Vaccine operations Central Provinces 1886-1899 - 1886-1899
Year: 1886
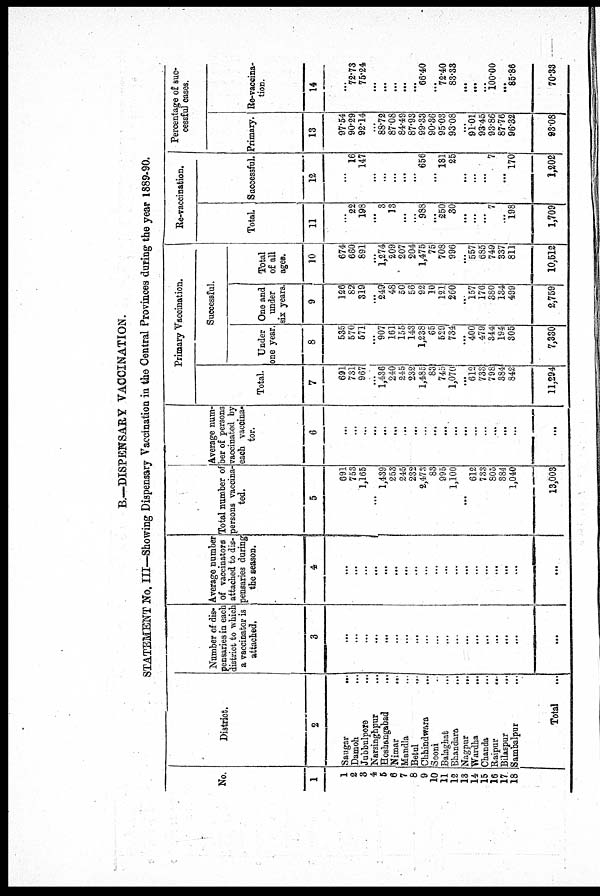
B.—DISPENSARY VACCINATION.
STATEMENT No. III—Showing Dispensary Vaccination in the Central Provinces during the year 1889-90.
No.
1
1
2
3
4
5
6
7
8
9
10
11
12
13
14
15
16
17
18
District.
2
Saugar ...
Damoh
...
Jubbulpore ...
Narsinghpur ...
Hoshangabad ...
Nimar
...
Mandla ...
Betul ...
Chhindwara ...
Sooni ...
Balaghat
...
Bhandara
...
Nagpur
...
Wardha
...
Chanda ...
Raipur
...
Bilaspur
...
Sambalpur ...
Total ...
Number of dis-
pensaries in each
district to which
a vaccinator is
attached.
3
...
...
...
...
...
...
...
...
...
...
...
...
...
...
...
...
...
...
...
Average number
of vaccinators
attached to dis-
pensaries during
the season.
4
...
...
...
...
...
...
...
...
...
...
...
...
...
...
...
...
...
...
...
Total number of
persons vaccina-
ted.
5
691
753
1,165
...
1,439
253
245
232
2,473
83
995
1,100
...
612
733
805
384
1,040
13,003
Average num-
ber of persons
vaccinated by
each vaccina-
tor.
6
...
...
...
...
...
...
...
...
...
...
...
...
...
...
...
...
...
...
...
Primary Vaccination.
Total.
7
691
731
967
...
1,436
240
245
232
1,485
83
745
1,070
...
612
733
798
384
842
11,294
Successful.
Under
one year.
8
535
570
571
...
907
161
155
143
1,238
65
529
734
...
400
479
344
194
305
7,330
One and
under
six years.
9
126
82
319
...
249
48
50
56
92
10
121
260
...
157
176
380
134
499
2,759
Total
of all
ages.
10
674
660
891
...
1,274
209
207
204
1,475
75
708
996
...
557
685
749
337
811
10,512
Re-vaccination.
Total
11
...
22
198
...
3
13
...
...
988
...
250
30
...
...
...
7
...
198
1,709
Successful.
12
...
16
147
...
...
...
...
...
656
...
181
25
...
...
...
7
...
170
1,202
Percentage of suc-
cessful cases.
Primary.
13
97.54
90.29
92.14
...
88.72
87.08
84.49
87.93
99.33
90.36
95.03
93.08
...
91.01
93.45
93.86
87.76
96.32
93.08
Re-vaccina-
tion.
14
...
72.73
75.24
...
...
...
...
...
66.40
...
72.40
83.33
...
...
...
100.00
...
85.86
70.33